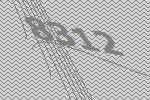
8312